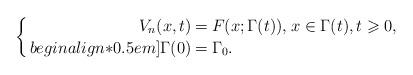
LaTeX: \begin{align*}\left\{\arraycolsep=1.4pt\def\arraystretch{1.1}\begin{array}{rcll}V_{n}(x,t)&=& F(x;\Gamma(t)),&x \in \Gamma(t), t \geqslant 0,\\begin{align*}0.5em]\Gamma(0)&=& \Gamma_0.\end{array}\right.\end{align*}